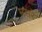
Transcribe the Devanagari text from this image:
मसरे